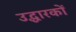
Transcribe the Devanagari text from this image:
उद्धारकों